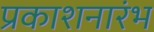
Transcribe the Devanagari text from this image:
प्रकाशनारंभ